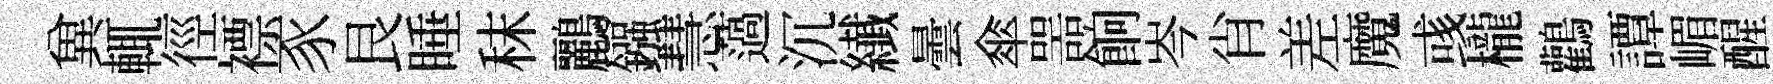
兾輒徑褾豕艮睡秣鸝鏹慧薖沉纎曇傘噐餉岑肖差魔彧櫳鸛譚嵋醒